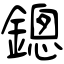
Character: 鏓